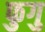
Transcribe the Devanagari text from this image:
फुगु